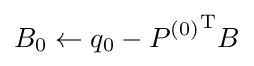
B_{0}\gets q_{0}-{P^{(0)}}^{\mathrm {T} }B